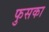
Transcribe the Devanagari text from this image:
फुसका